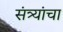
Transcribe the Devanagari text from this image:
संत्र्यांचा